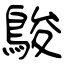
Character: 鵔